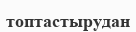
топтастырудан